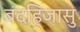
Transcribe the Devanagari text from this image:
बंदहिजासु